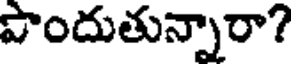
పొందుతున్నారా?